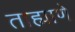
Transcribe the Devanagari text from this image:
ताह्माणे